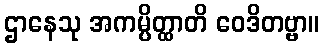
ဌာနေသု အကမ္ပိတ္ထာတိ ဝေဒိတဗ္ဗာ။